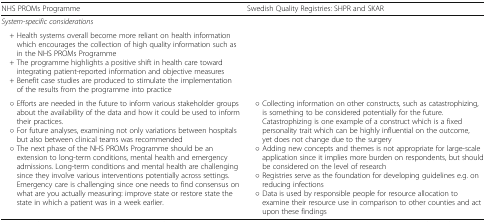
| NHS PROMs Programme | Swedish Quality Registries: SHPR and SKAR |
 | --- | --- |
 | <COLSPAN=2> System-specific considerations |
 | + Health systems overall become more reliant on health information which encourages the collection of high quality information such as in the NHS PROMs Programme + The programme highlights a positive shift in health care toward integrating patient-reported information and objective measures + Benefit case studies are produced to stimulate the implementation of the results from the programme into practice |  |
 | ○ Efforts are needed in the future to inform various stakeholder groups about the availability of the data and how it could be used to inform their practices. ○ For future analyses, examining not only variations between hospitals but also between clinical teams was recommended ○ The next phase of the NHS PROMs Programme should be an extension to long-term conditions, mental health and emergency admissions. Long-term conditions and mental health are challenging since they involve various interventions potentially across settings. Emergency care is challenging since one needs to find consensus on what are you actually measuring: improve state or restore state the state in which a patient was in a week earlier. | ○ Collecting information on other constructs, such as catastrophizing, is something to be considered potentially for the future. Catastrophizing is one example of a construct which is a fixed personality trait which can be highly influential on the outcome, yet does not change due to the surgery ○ Adding new concepts and themes is not appropriate for large-scale application since it implies more burden on respondents, but should be considered on the level of research ○ Registries serve as the foundation for developing guidelines e.g. on reducing infections ○ Data is used by responsible people for resource allocation to examine their resource use in comparison to other counties and act upon these findings |